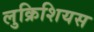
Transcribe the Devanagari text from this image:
लुक्रिशियस